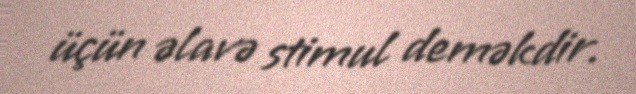
üçün əlavə stimul deməkdir.